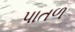
પાતળ